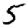
Digit: 5